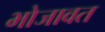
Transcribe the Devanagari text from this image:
भोजावत